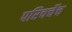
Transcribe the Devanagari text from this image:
परिचर्चेच